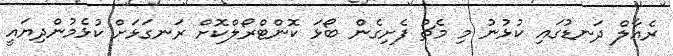
ރެއާލް ދަނޑުގައި ކުޅުނު މި މެޗު ފެށިގެން ބޯޅަ ކޮންޓްރޯލްކޮށް ރަނގަޅަށް ކުޅެމުންދިޔައީ